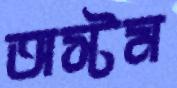
অস্টম